Report on horse surra - Volume II, Part II
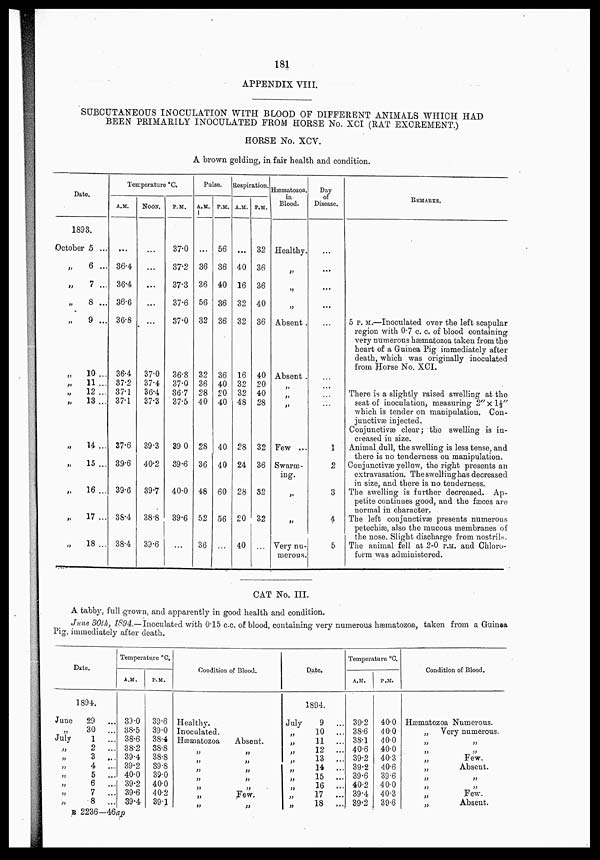
181
APPENDIX VIII.
SUBCUTANEOUS INOCULATION WITH BLOOD OF DIFFERENT ANIMALS WHICH HAD
BEEN PRIMARILY INOCULATED FROM HORSE No. XCI (RAT EXCREMENT.)
HORSE No. XCV.
A brown gelding, in fair health and condition.
Date.
1893.
October
„
„
„
„
„
„
„
„
„
„
„
„
„
5 ...
6 ...
7 ...
8 ...
9 ...
10 ...
11 ...
12 ...
13 ...
14 ...
15 ...
16 ...
17 ...
18 ...
Temperature °C.
A.M.
...
36.4
36.4
36.6
36.8
36.4
37.2
37.1
37.1
37.6
39.6
39.6
38.4
38.4
NOON.
...
...
...
...
...
37.0
37.4
36.4
37.3
39.3
40.2
39.7
38.8
39.6
P.M.
37.0
37.2
37.3
37.6
37.0
36.8
37.0
36.7
37.5
39.0
39.6
40.0
39.6
...
Pulse.
A.M.
...
36
36
56
32
32
36
28
40
28
36
48
52
36
P.M.
56
36
40
36
36
36
40
20
40
40
40
60
56
...
Respiration.
A.M.
...
40
16
32
32
16
32
32
48
28
24
28
20
40
P.M.
32
36
36
40
36
40
20
40
28
32
36
32
32
...
Hæmatozoa.
in
Blood.
Healthy.
„
„
„
Absent .
Absent .
„
„
„
Few ...
Swarm
ing.
„
„
Very nu
merous.
Day
of
Disease.
...
...
...
...
...
...
...
...
1
2
3
4
5
REMARKS.
5 P.M.—Inoculated over the left scapular
region with 0.7 c. c. of blood containing
very numerous hæmatozoa taken from the
heart of a Guinea Pig immediately after
death, which was originally inoculated
from Horse No. XCI.
There is a slightly raised swelling at the
seat of inoculation, measuring 2"×1⅓"
which is tender on manipulation, Con
junctivæ injected.
Conjunctivæ clear ; the swelling is in
creased in size.
Animal dull, the swelling is less tense, and
there is no tenderness on manipulation.
Conjunctivæ yellow, the right presents an
extravasation. The swelling has decreased
in size, and there is no tenderness.
The swelling is further decreased. Ap
petite continues good, and the fæces are
normal in character.
The left conjunctivæ presents numerous
petechiæ, also the mucous membranes of
the nose. Slight discharge from nostrils.
The animal fell at 2-0 P.M. and Chloro
form was administered.
CAT No. III.
A tabby, full grown, and apparently in good health and condition.
June 30th, 1894.—Inoculated with 0.15 c.c. of blood, containing very numerous hæmatozoa, taken from a Guinea
Pig, immediately after death.
Date.
1894.
June
29 ...
„ 30
...
July
1
...
„ 2
...
„ 3
...
„ 4
...
„ 5
...
„ 6
...
„ 7
...
„ 8
...
Temperature °C.
A.M.
39.0
38.5
38.6
38.2
39.4
39.2
40.0
39.2
39.6
39.4
P.M.
39.6
39.0
38.4
38.8
38.8
39.8
39.0
40.0
40.2
39.1
Condition of Blood.
Healthy.
Inoculated.
Hæmatozoa
„
„
„
„
„
„
„
Absent.
„
„
„
„
„
Few.
„
Date.
July
„
„
„
„
„
„
„
„
„
1894.
9
...
10
...
11
...
12
...
13
...
14
...
15
...
16
...
17
...
18
...
Temperature °C.
A.M.
39.2
38.6
38.1
40.6
39.2
39.2
39.6
40.2
39.4
39.2
P.M.
40.0
40.0
40.0
40.0
40.3
40.6
39.6
40.0
40.3
39.6
Condition of Blood.
Hæmatozoa Numerous.
„
Very numerous.
„ „
„ „
„ Few.
„
Absent.
„ „
„ „
„ Few.
„
Absent.
B 2236—46ap